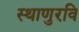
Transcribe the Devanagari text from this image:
स्थाणुरवि